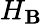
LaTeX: H_{\mathbf{B}}